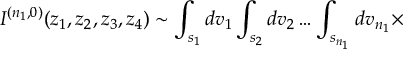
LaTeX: I ^ { ( n _ { 1 } , 0 ) } ( z _ { 1 } , z _ { 2 } , z _ { 3 } , z _ { 4 } ) \sim \int _ { s _ { 1 } } d v _ { 1 } \int _ { s _ { 2 } } d v _ { 2 } \ldots \int _ { s _ { n _ { 1 } } } d v _ { n _ { 1 } } \times